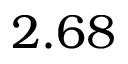
2 . 6 8